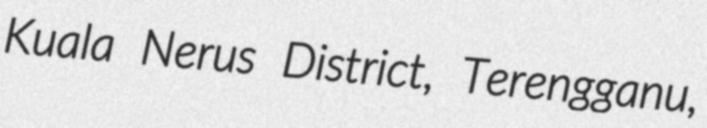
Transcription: Kuala Nerus District, Terengganu,